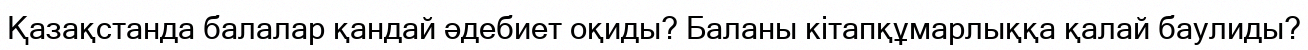
Қазақстанда балалар қандай әдебиет оқиды? Баланы кітапқұмарлыққа қалай баулиды?